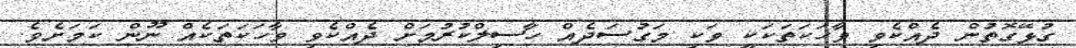
ގުޅޭގޮތުން ދެއްކެވި ވާހަކަތަކަކީ ވަކި މަގުސަދެއް ހާސިލްކުރުމަށް ދެއްކެވި ވާހަކަތަކެއް ނޫން ކަމަށެވެ.